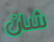
شان